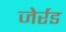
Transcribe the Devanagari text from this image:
जेर्रड